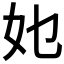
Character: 𭑫